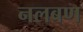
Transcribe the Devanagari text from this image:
नलबण